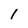
Character: 1